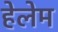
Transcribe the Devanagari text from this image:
हेलेम